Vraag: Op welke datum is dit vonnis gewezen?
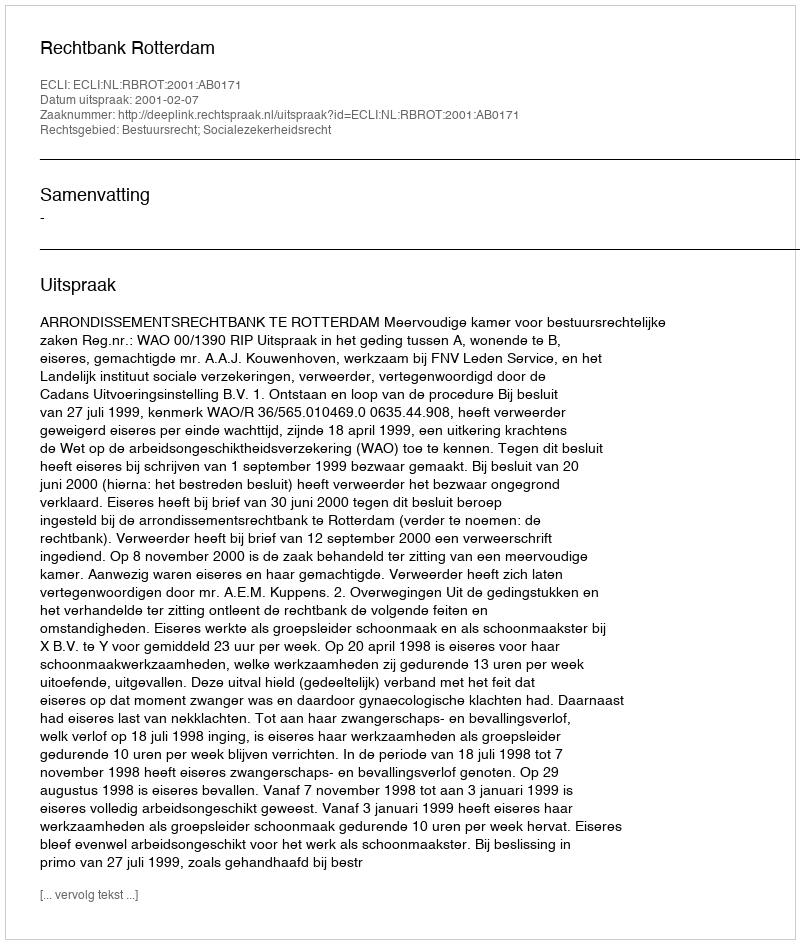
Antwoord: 2001-02-07